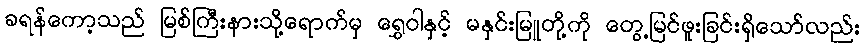
ခရန်ကော့သည် မြစ်ကြီးနားသို့ရောက်မှ ရွှေဝါနှင့် မနှင်းမြူတို့ကို တွေ့မြင်ဖူးခြင်းရှိသော်လည်း